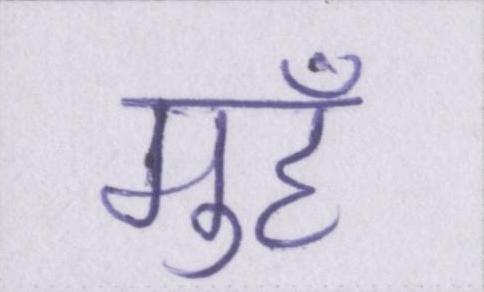
मुहँ